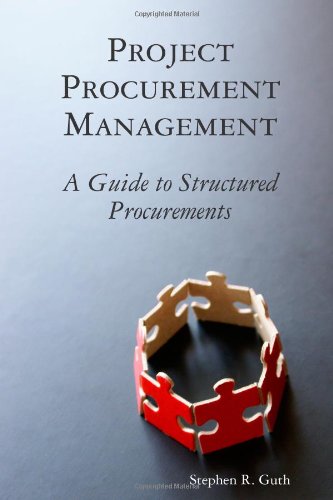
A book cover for Project Procurement Management: A Guide to Structured Procurements; Stephen Guth; Business & Money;